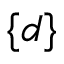
\{ d \}